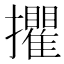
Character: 㩴